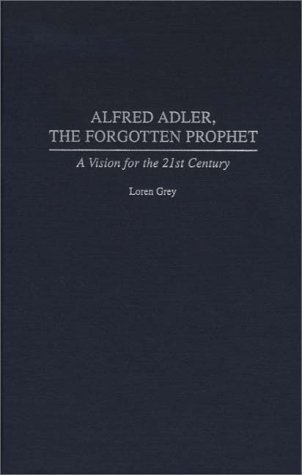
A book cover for Alfred Adler, the Forgotten Prophet: A Vision for the 21st Century; Loren Grey; Medical Books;